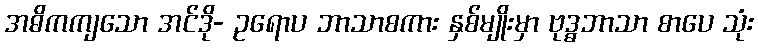
အဓိကကျသော အင်ဒို- ဥရောပ ဘာသာစကား နှစ်မျိုးမှာ ဗုဒ္ဓဘာသာ စာပေ သုံး